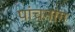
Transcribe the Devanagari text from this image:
पांचनांग